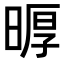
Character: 𪰲